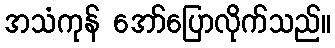
အသံကုန် အော်ပြောလိုက်သည်။